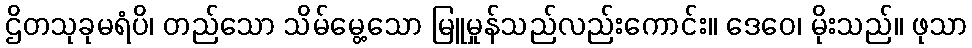
ဌိတသုခုမရံပိ၊ တည်သော သိမ်မွေ့သော မြူမှုန်သည်လည်းကောင်း။ ဒေဝေ၊ မိုးသည်။ ဖုသာ